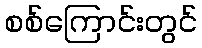
စစ်ကြောင်းတွင်